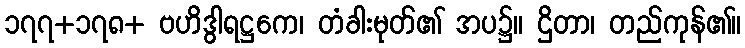
၁၇၇+၁၇၈+ ဗဟိဒွါရဋ္ဌကေ၊ တံခါးမုတ်၏ အပ၌။ ဌိတာ၊ တည်ကုန်၏။